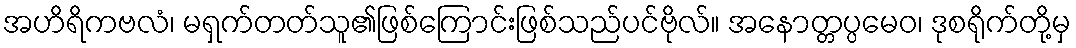
အဟိရိကဗလံ၊ မရှက်တတ်သူ၏ဖြစ်ကြောင်းဖြစ်သည်ပင်ဗိုလ်။ အနောတ္တပ္ပမေဝ၊ ဒုစရိုက်တို့မှ